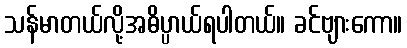
သန်မာတယ်လို့အဓိပ္ပာယ်ရပါတယ်။ ခင်ဗျားကော။